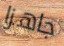
جاهزا